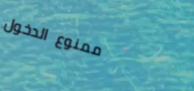
ممنوع الدخول